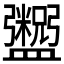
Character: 𬑂